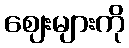
ဈေးများကို